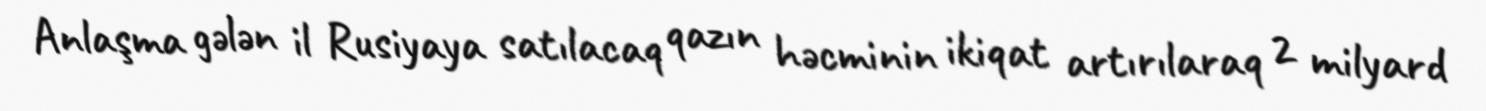
Anlaşma gələn il Rusiyaya satılacaq qazın həcminin ikiqat artırılaraq 2 milyard